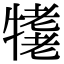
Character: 𤛪